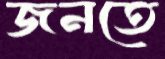
জনতে